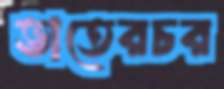
ভাতেরচর